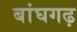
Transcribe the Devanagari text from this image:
बांघगढ़